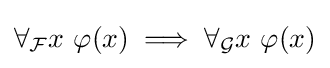
\forall _{\mathcal {F}}x\ \varphi (x)\implies \forall _{\mathcal {G}}x\ \varphi (x)